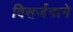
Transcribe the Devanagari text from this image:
विसर्जनाने